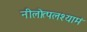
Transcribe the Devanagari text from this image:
नीलोत्पलश्यामं